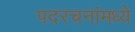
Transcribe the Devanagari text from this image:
पदरचनांमध्ये